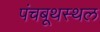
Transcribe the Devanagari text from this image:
पंचबूथस्थल